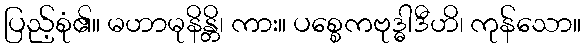
ပြည့်စုံ၏။ မဟာမုနိန္တိ၊ ကား။ ပစ္စေကဗုဒ္ဓါဒီဟိ၊ ကုန်သော။